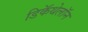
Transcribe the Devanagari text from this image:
डिकॅथेलॉन